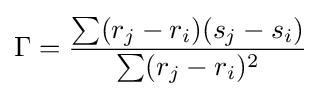
\Gamma ={\frac {\sum (r_{j}-r_{i})(s_{j}-s_{i})}{\sum (r_{j}-r_{i})^{2}}}